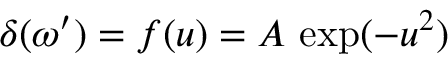
\delta ( \omega ^ { \prime } ) = f ( u ) = A \, \exp ( - u ^ { 2 } )